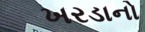
ખરડાનો